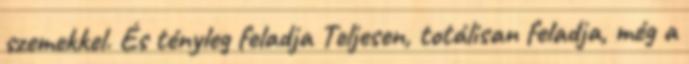
szemekkel. És tényleg feladja Teljesen, totálisan feladja, még a